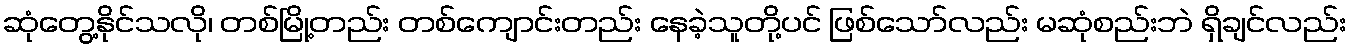
ဆုံတွေ့နိုင်သလို၊ တစ်မြို့တည်း တစ်ကျောင်းတည်း နေခဲ့သူတို့ပင် ဖြစ်သော်လည်း မဆုံစည်းဘဲ ရှိချင်လည်း